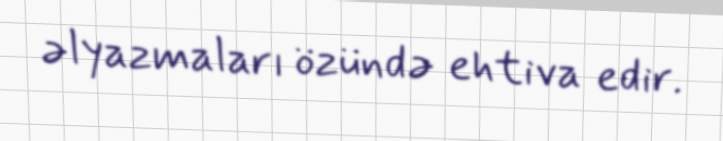
əlyazmaları özündə ehtiva edir.